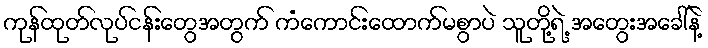
ကုန်ထုတ်လုပ်ငန်းတွေအတွက် ကံကောင်းထောက်မစွာပဲ သူတို့ရဲ့ အတွေးအခေါ်နဲ့